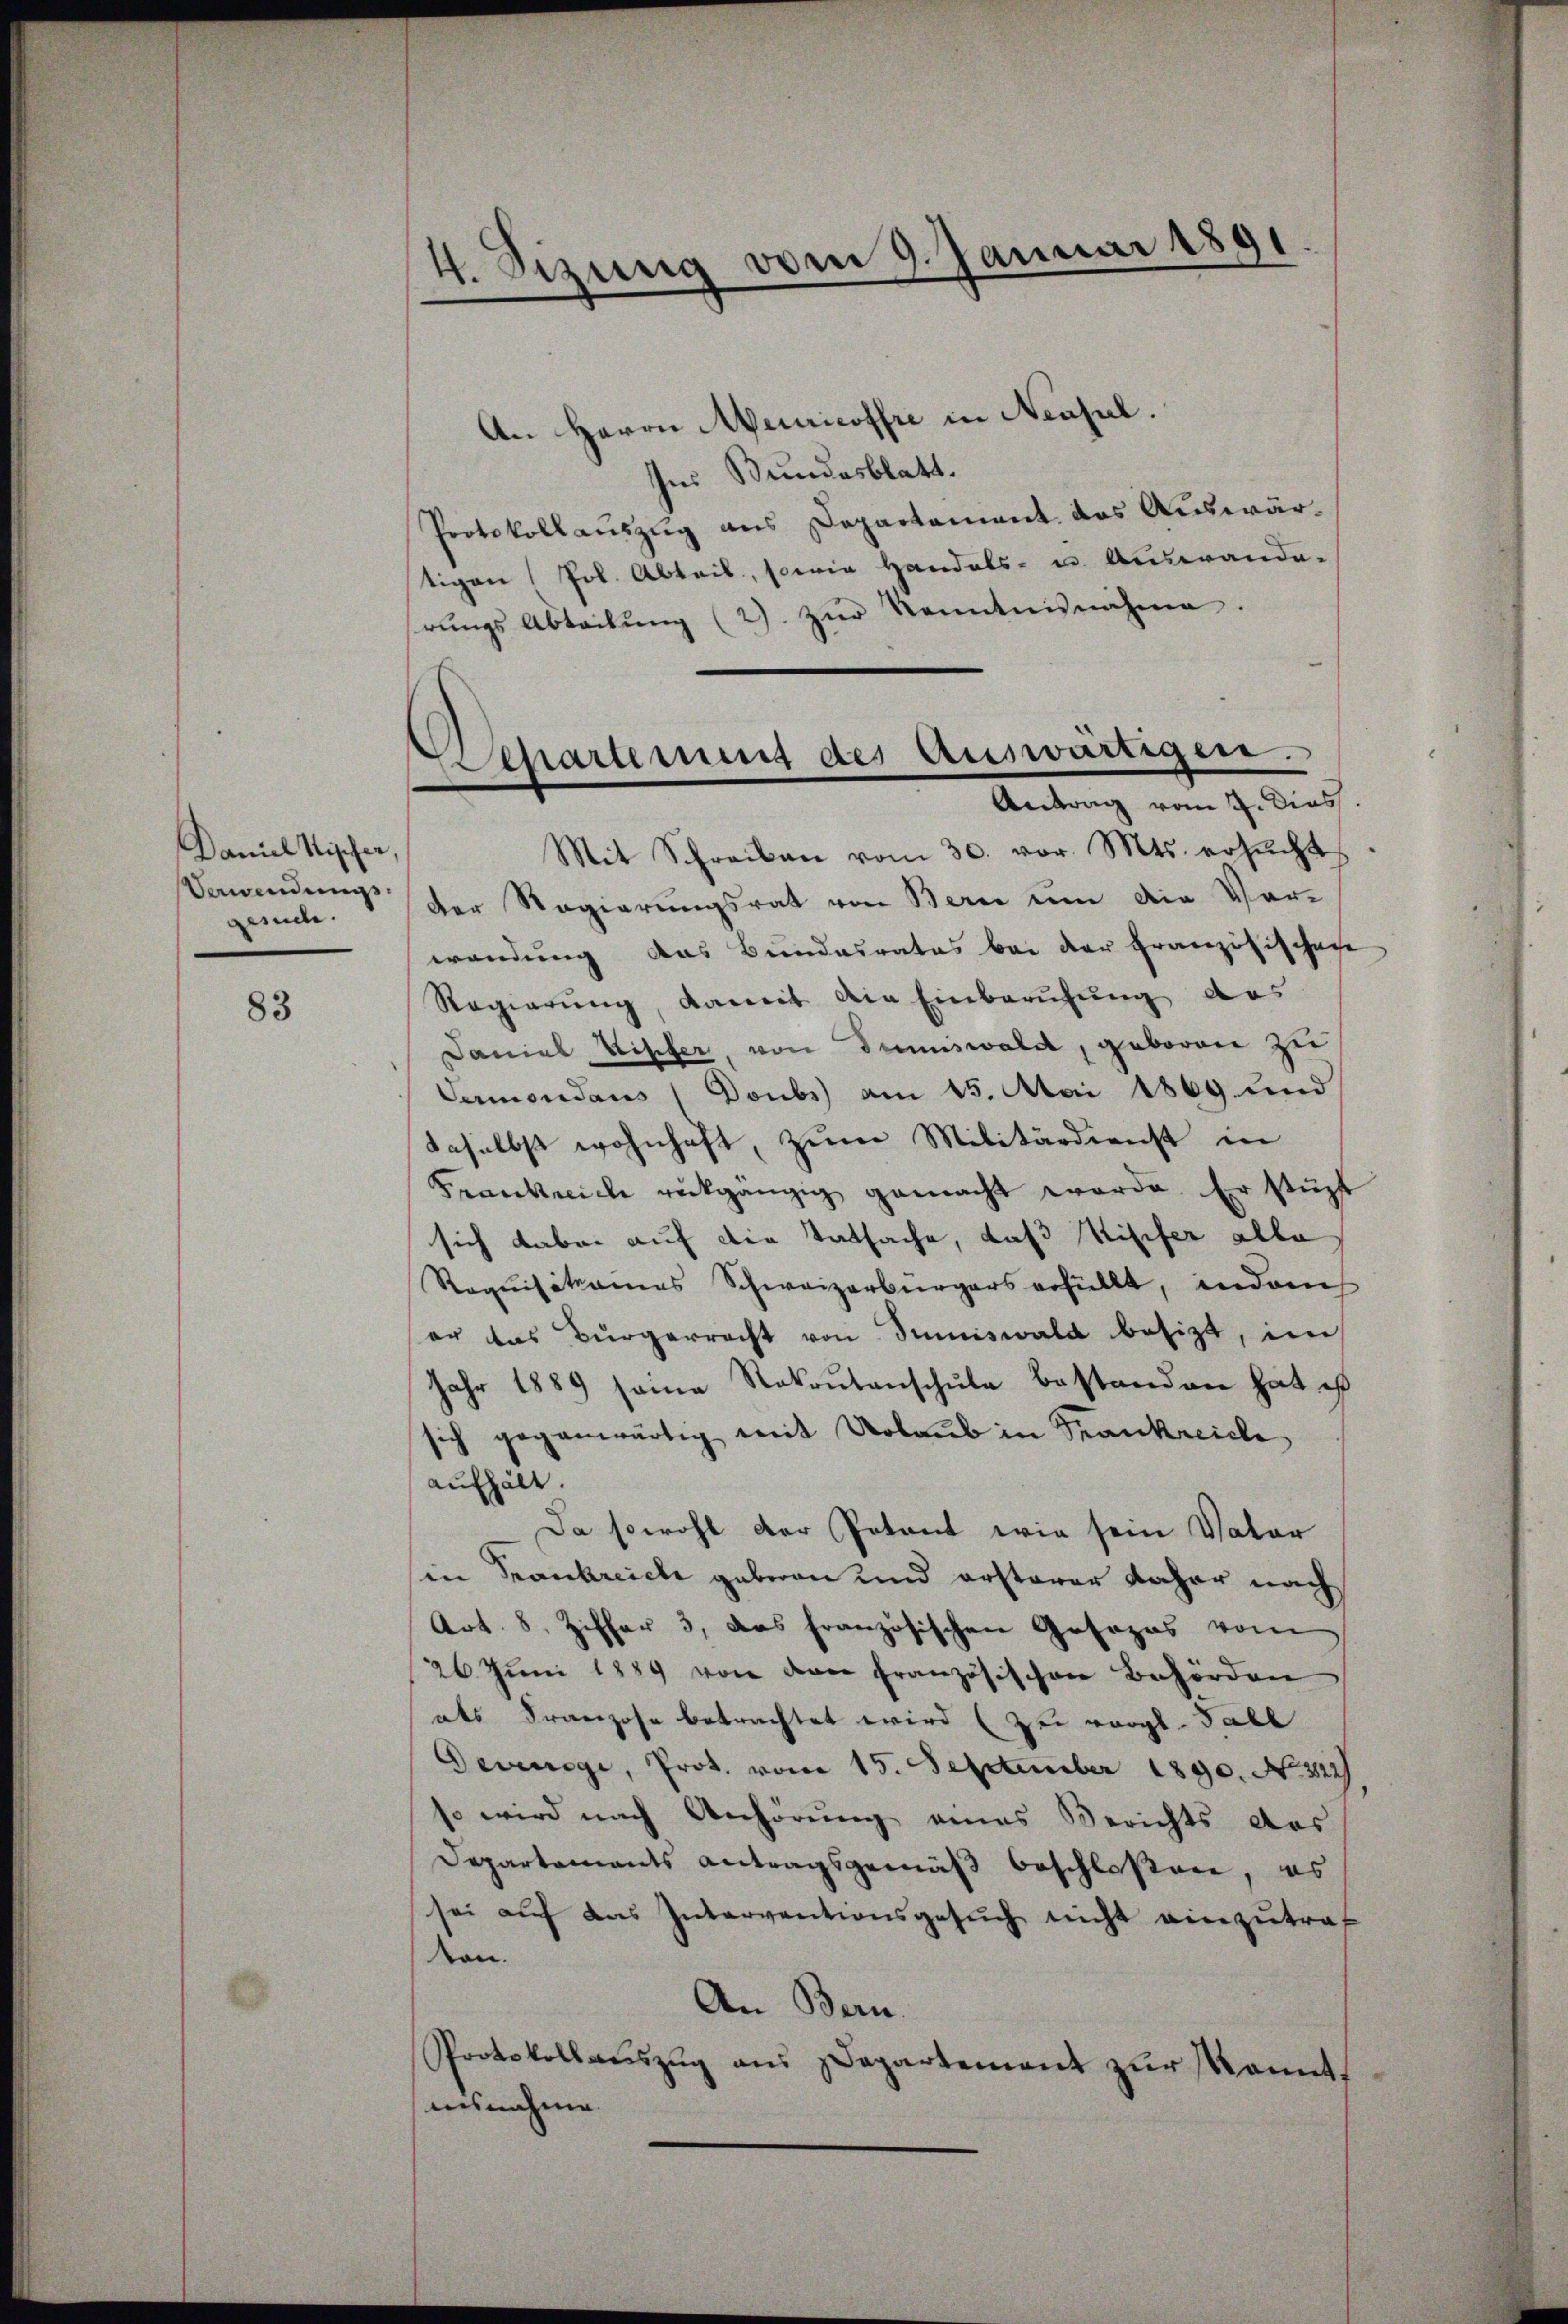
Daniel Rischer.
Verwendungsgesuche.

83

4. Sizung vom 9. Januar 1891.

An Herrn Meuricoffre in Neusal.
Ins Bundesblatt.
Protokollauszug aus Departement das Auswärtigen Joh. Abteil, sowie Handels- u. Auswande-
rŭngs Abteilŭng (2). zŭr Kenntnisnahme.
Mit Schreiben vom 30. vor. Mts. ersŭcht
der Regierungsrat von Berie um die Vor-
wendung das Bundesrates bei der Französischene
Regierung, damit die Einberufung das
Daniel Wipfer, von Dimiswald, geboren zu
Vermondaus (Doubs am 15. Mai 1869 und
deselbst wohnhaft, zum Militärdienst in
Frankreiche rückgängig gemacht werde. Er stüt
sich dabei auf die Tatsache, daß Wisifer alle
Roquisitionens Schweizerbürgers erfüllt, indem
er das Bürgerrecht von Sumiswald besizt, in
Jahr 1889 seine Rakoŭtanschŭle bestanden hat is
sich gegenwärtig mit Urlaub in Krankreiche
aufhält.
Da sowohl der Petent wie sein Vater
(in Frankreich geberen und ersterer daher nach
Art. 8, Ziffer 3, das französischen Gesages vom
26. Juni 1889 von den Französischen Behörden
aes Franzose betrachtet wird (zu vergl. Tabl
Devange, Prot. vom 15. September 1890. No. 322
so wird nach Anhörung eines Berichts das
Departements Antragsgemäß beschloßen, es
sei auf das Interventionsgesuch nicht einzutraf
kon.
An Bern.
Protokollauszug aus Departement zur kannt,
ausnahme.

Departinung des Auswärtigen.
Antrag vom 7. Dies